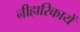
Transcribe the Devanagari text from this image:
नीहारिकायें